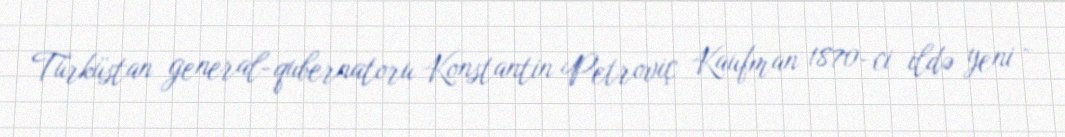
Türküstan general-qubernatoru Konstantin Petroviç Kaufman 1870-ci ildə yeni -